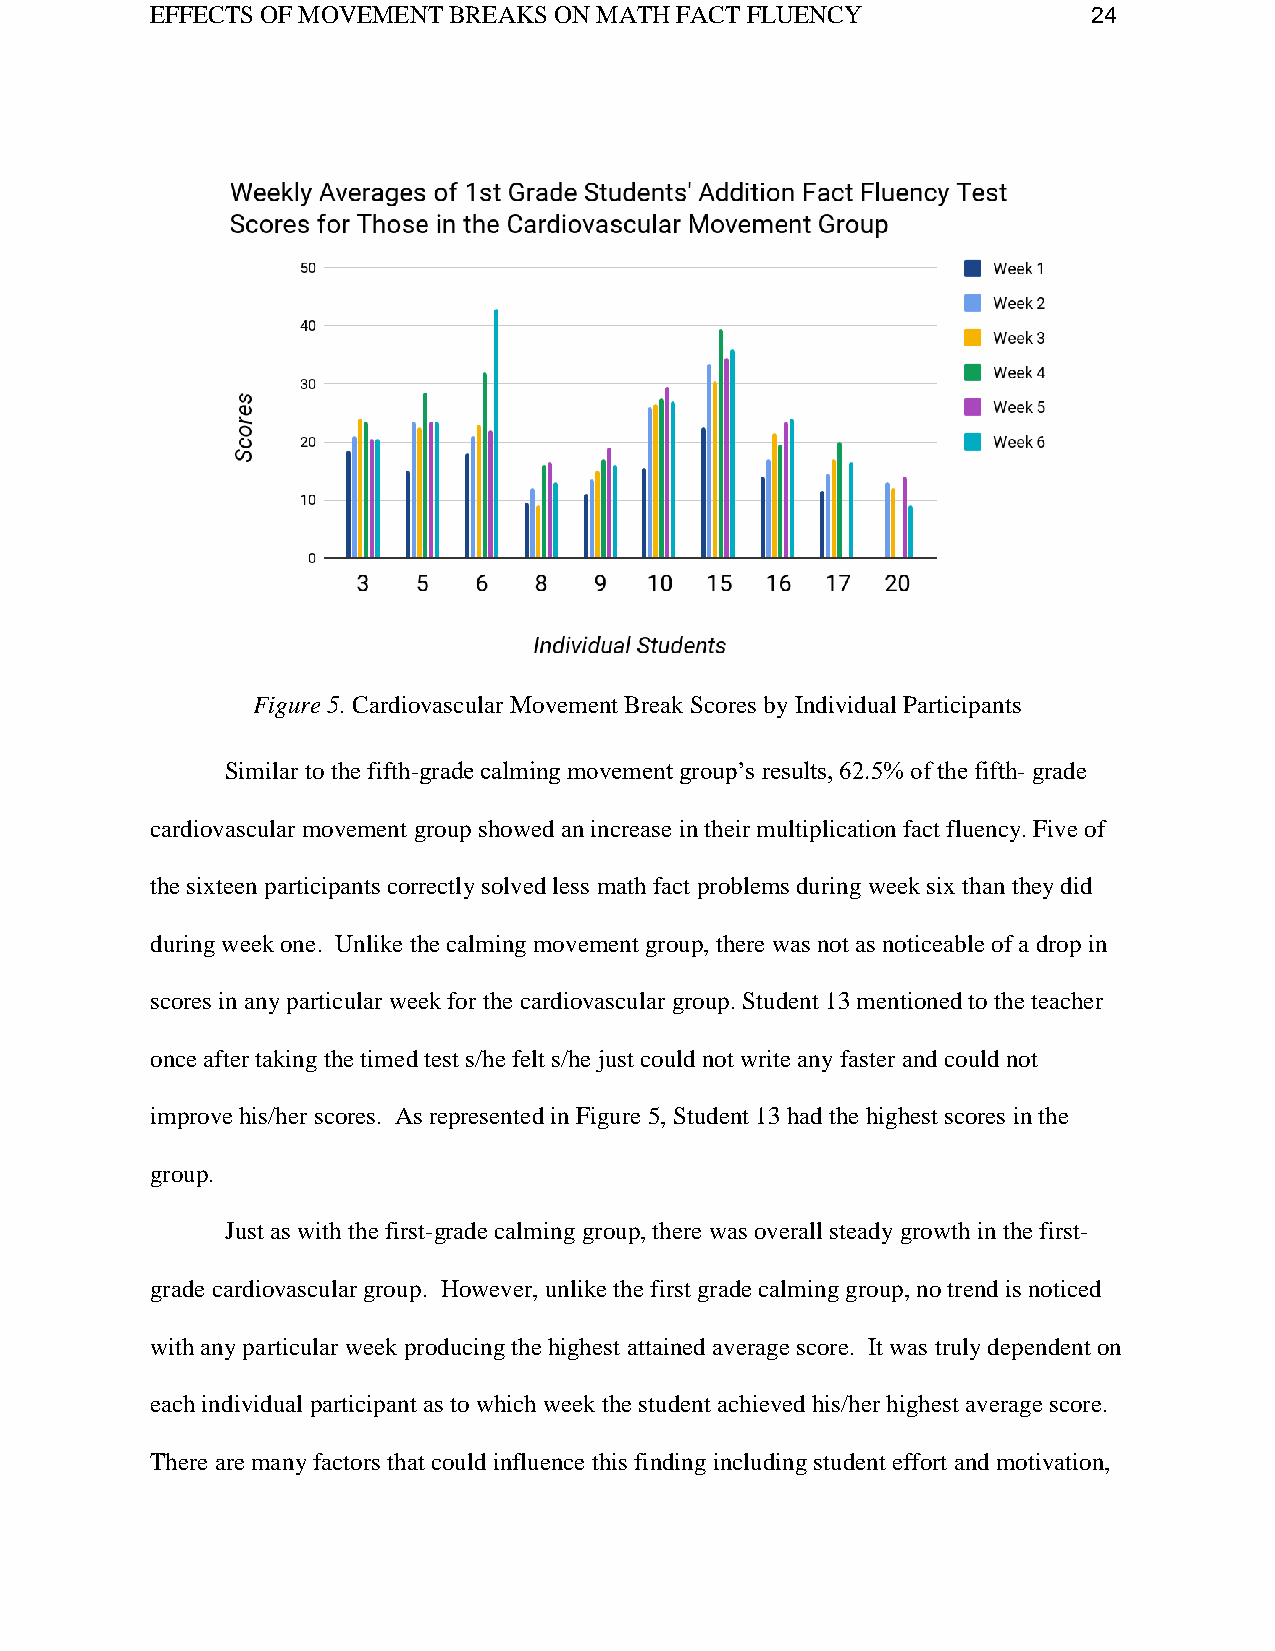
EFFECTS OF MOVEMENT BREAKS ON MATH FACT FLUENCY               24
 Figure 5. Cardiovascular Movement Break Scores by Individual Participants
 Similar to the fifth-grade calming movement group’s results, 62.5% of the fifth- grade
 cardiovascular movement group showed an increase in their multiplication fact fluency. Five of
 the sixteen participants correctly solved less math fact problems during week six than they did
 during week one. Unlike the calming movement group, there was not as noticeable of a drop in
 scores in any particular week for the cardiovascular group. Student 13 mentioned to the teacher
 once after taking the timed test s/he felt s/he just could not write any faster and could not
 improve his/her scores. As represented in Figure 5, Student 13 had the highest scores in the
 group.
 Just as with the first-grade calming group, there was overall steady growth in the first-
 grade cardiovascular group. However, unlike the first grade calming group, no trend is noticed
 with any particular week producing the highest attained average score. It was truly dependent on
 each individual participant as to which week the student achieved his/her highest average score.
 There are many factors that could influence this finding including student effort and motivation,